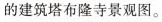
的建筑塔布隆寺景观图。